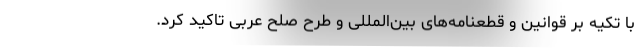
با تکیه بر قوانین و قطعنامه‌های بین‌المللی و طرح صلح عربی تاکید کرد.